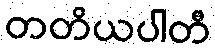
တတိယပါတီ